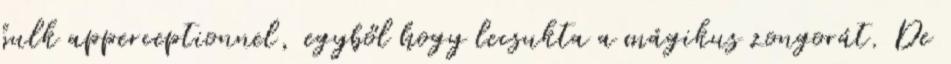
bulk apperceptionnel, egyből hogy lecsukta a mágikus zongorát. De